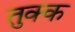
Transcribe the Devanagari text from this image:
तुक्क